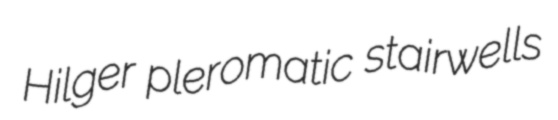
Hilger pleromatic stairwells